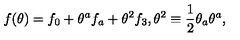
f ( \theta ) = f _ { 0 } + \theta ^ { a } f _ { a } + \theta ^ { 2 } f _ { 3 } , \theta ^ { 2 } \equiv \frac { 1 } { 2 } \theta _ { a } \theta ^ { a } ,